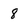
Character: 8